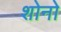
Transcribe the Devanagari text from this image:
शोनो